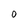
Character: 0